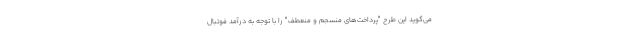
می‌گوید این طرح "پرداخت‌های منسجم و منعطف" را با توجه به درآمد فوتبال